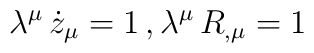
\lambda^{\mu} \, \dot{z}_{\mu} = 1 \,,\lambda^{\mu} \, R_{,\mu} = 1